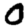
Digit: 0